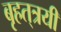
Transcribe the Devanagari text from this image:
बृहत्‌त्रयी